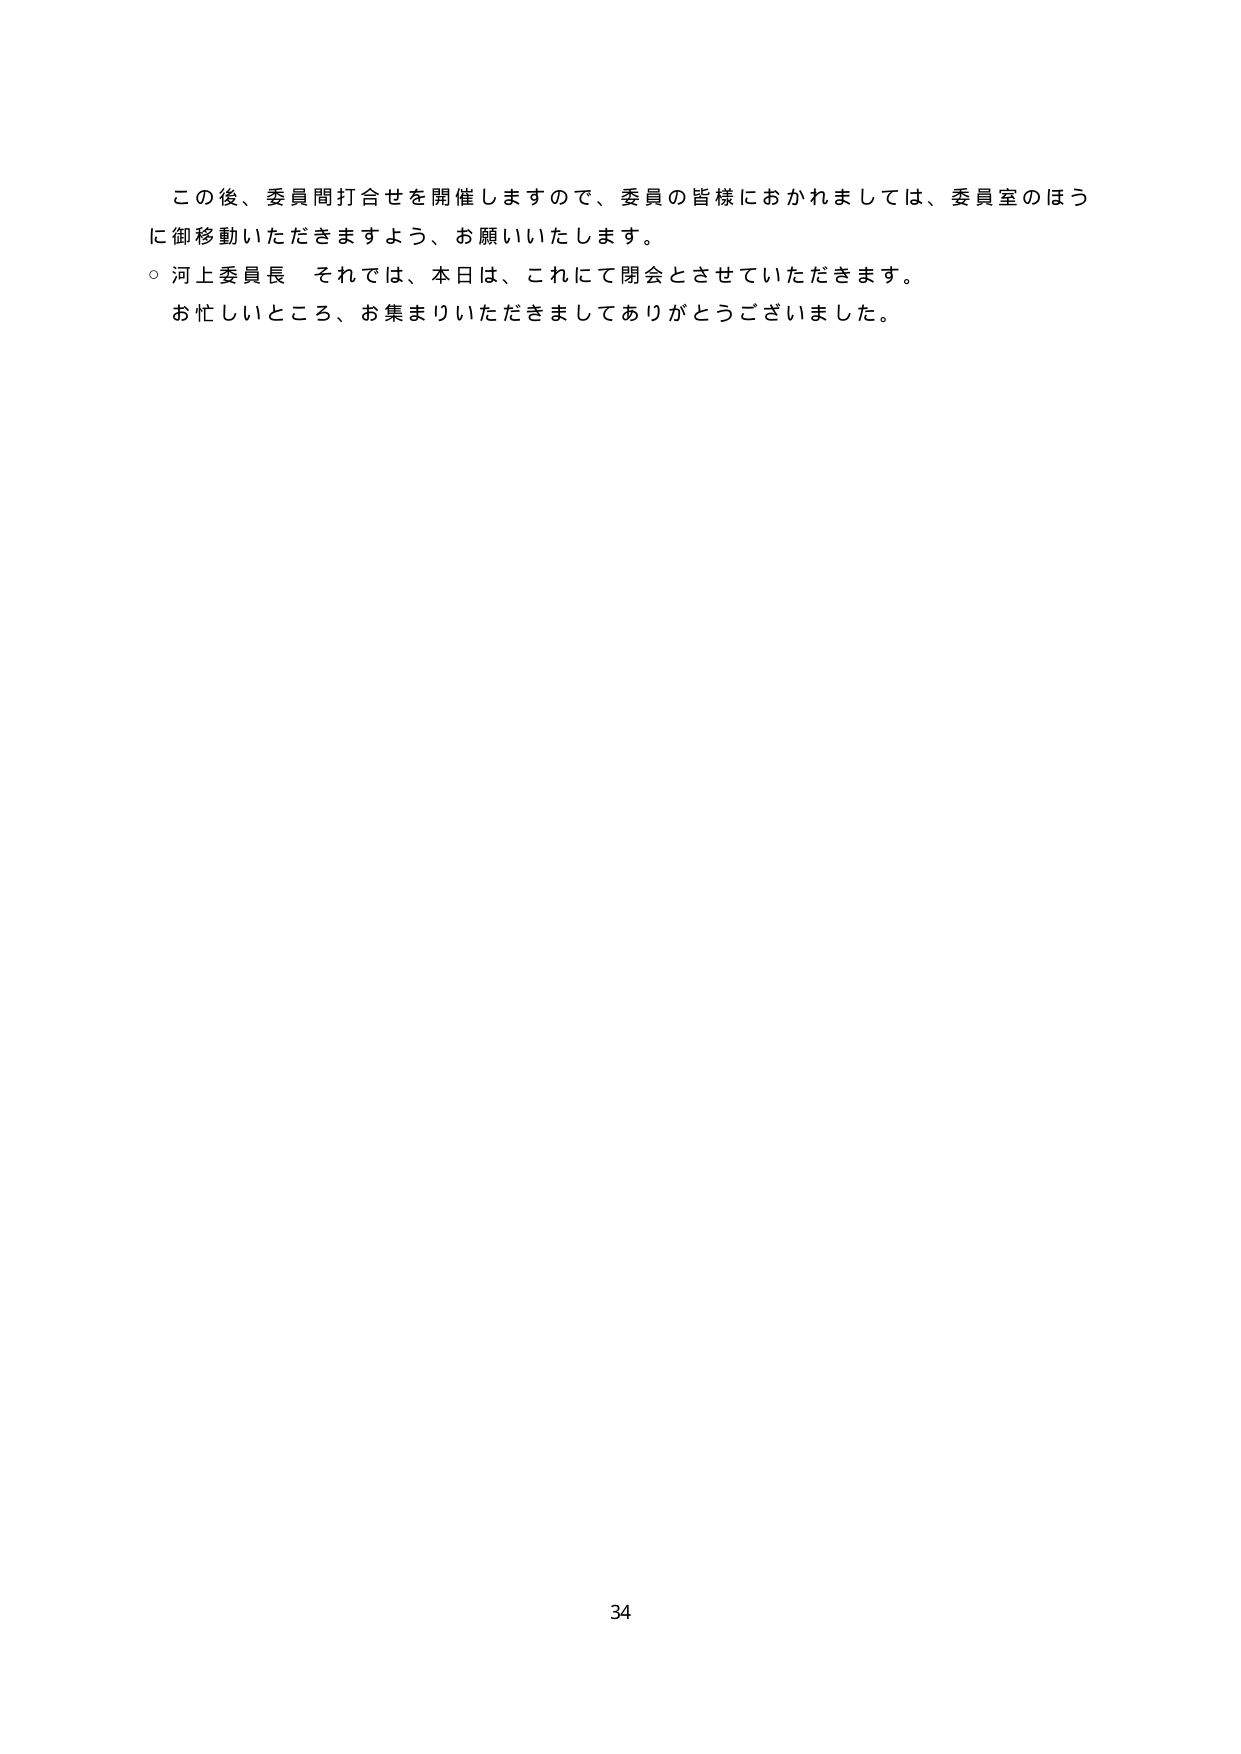
この後、委員間打合せを開催しますので、委員の皆様におかれましては、委員室のほうに御移動いただきますよう、お願いいたします。

○ 河上委員長 それでは、本日は、これにて閉会とさせていただきます。お忙しいところ、お集まりいただきましてありがとうございました。

34